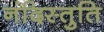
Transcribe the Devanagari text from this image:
नंदिस्तुति